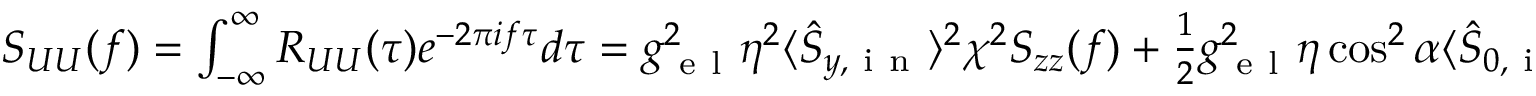
\begin{array} { r } { S _ { U U } ( f ) = \int _ { - \infty } ^ { \infty } R _ { U U } ( \tau ) e ^ { - 2 \pi i f \tau } d \tau = g _ { \mathrm { ~ e ~ l ~ } } ^ { 2 } \eta ^ { 2 } \langle \hat { S } _ { y , \mathrm { ~ i ~ n ~ } } \rangle ^ { 2 } \chi ^ { 2 } S _ { z z } ( f ) + \frac { 1 } { 2 } g _ { \mathrm { ~ e ~ l ~ } } ^ { 2 } \eta \cos ^ { 2 } \alpha \langle \hat { S } _ { 0 , \mathrm { ~ i ~ n ~ } } \rangle . } \end{array}